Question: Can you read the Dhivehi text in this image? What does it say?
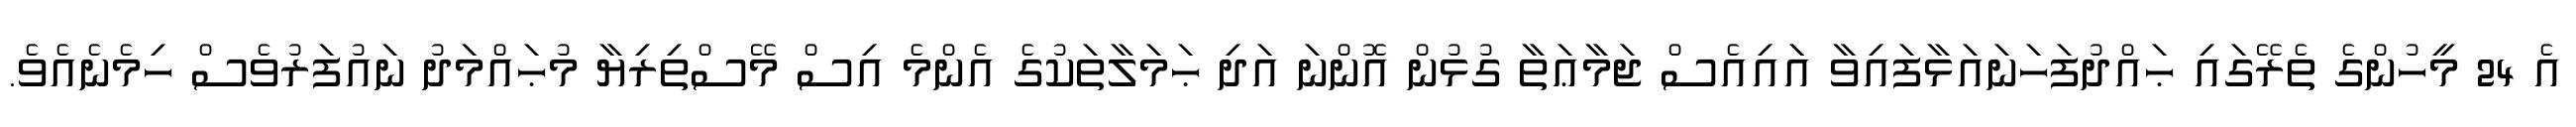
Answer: އެ 24 މީހުންގެ ތެރޭގައި ޙައްދުފަހަނައަޅާފައިވާ އައިއެސް ޖަމާޢަތާ ގުޅުން އޮންނަ އަދި ޙަމަލާތަކުގެ އެންމެ އިސް މޭސްތިރިޔާ މުޙައްމަދު ނައުފަރުވެސް ހިމެނެއެވެ.